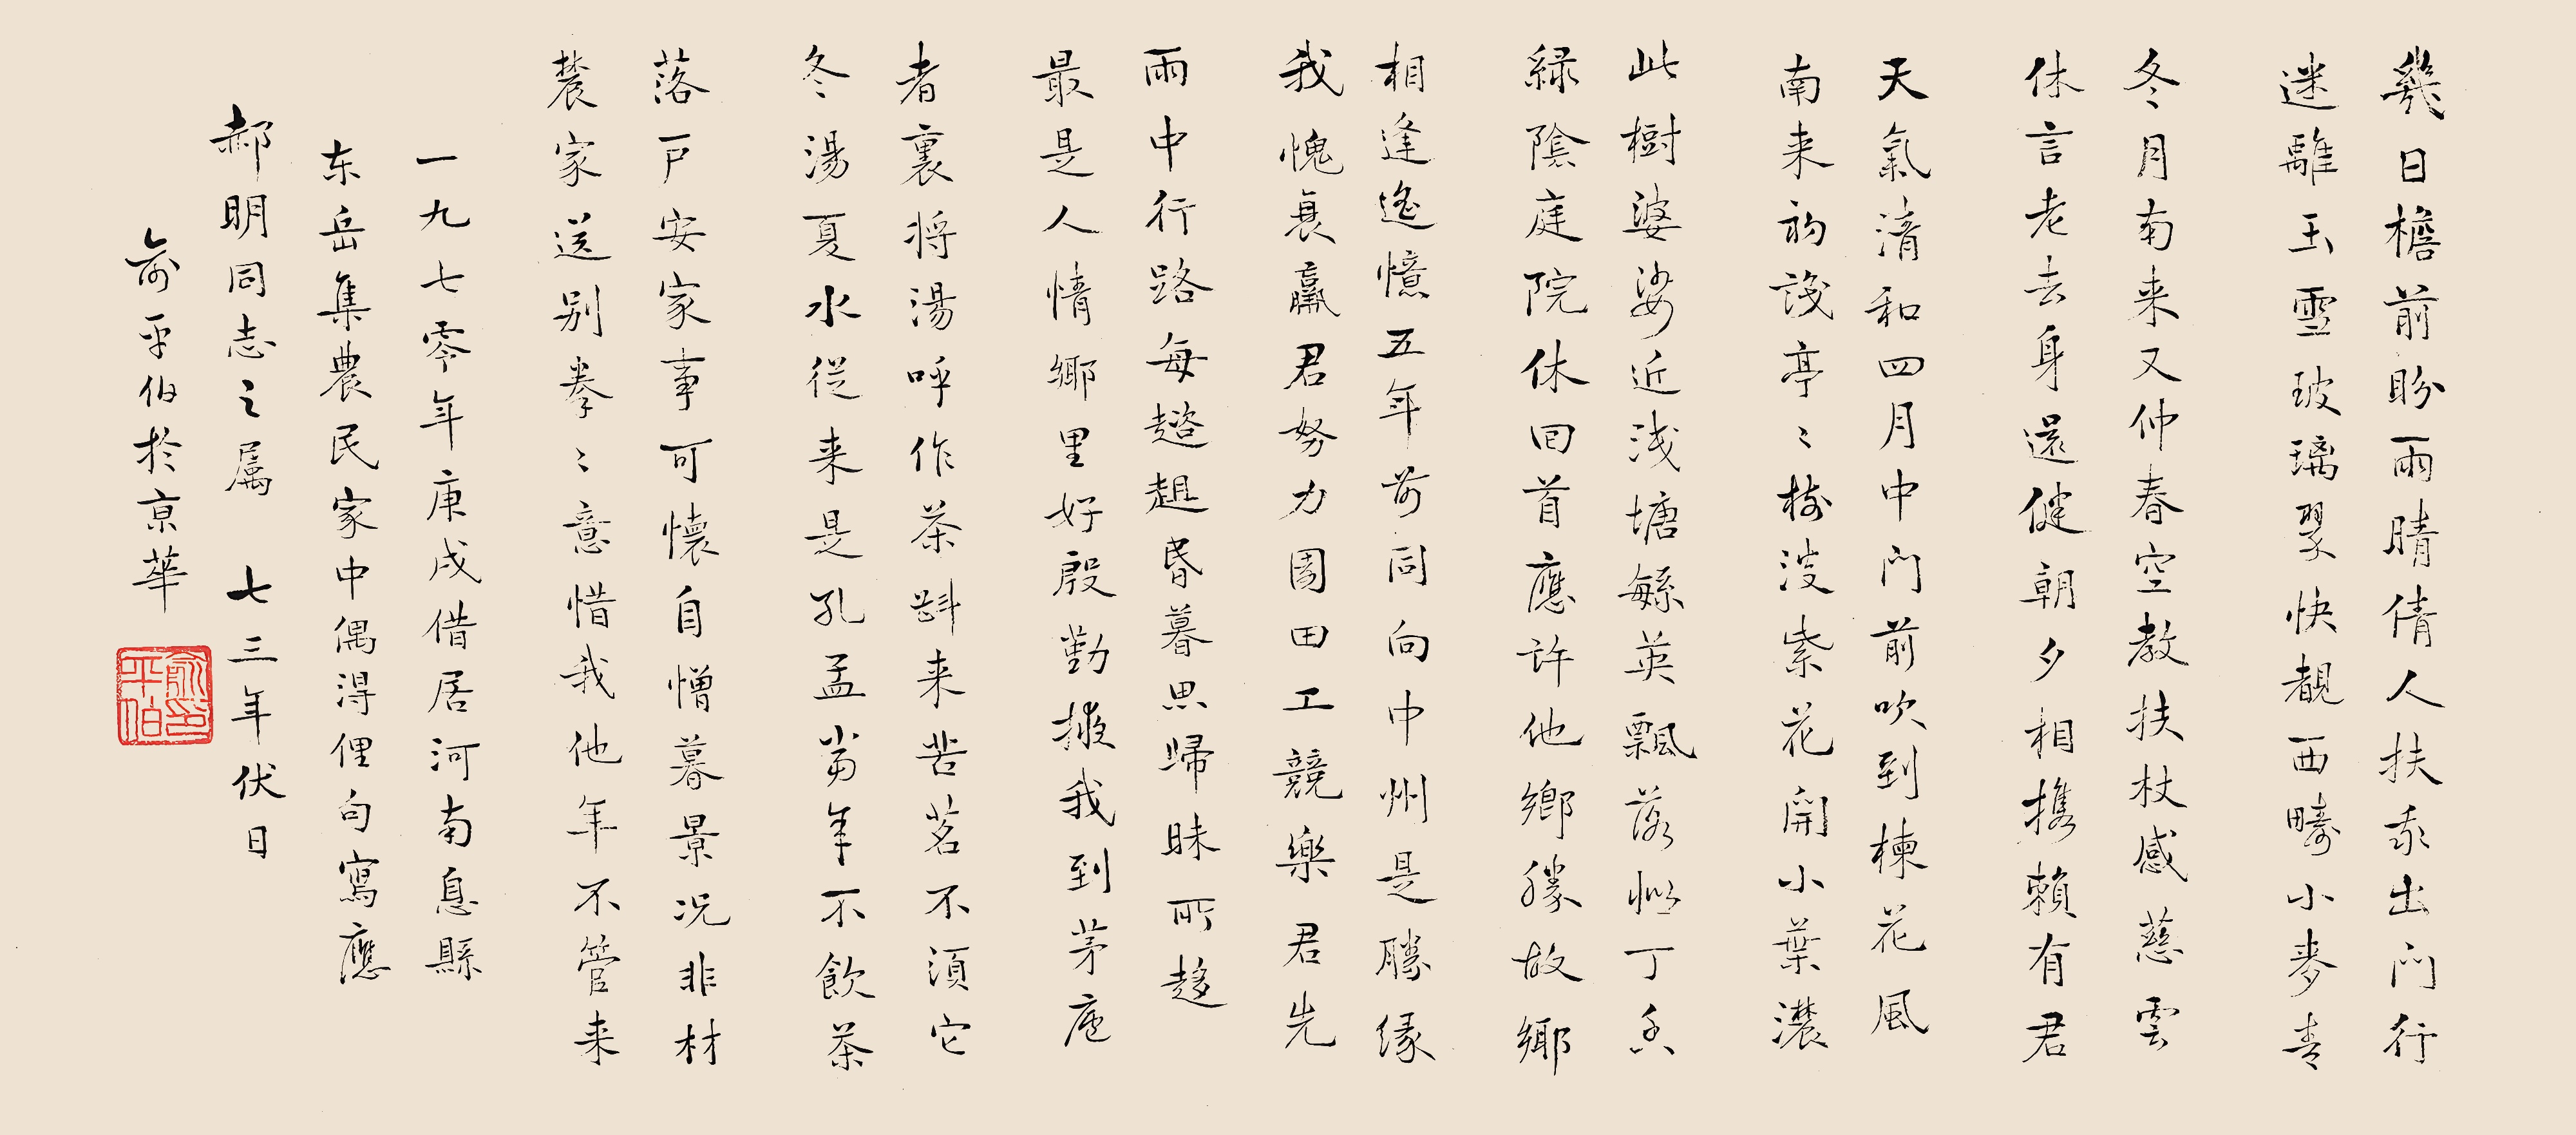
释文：几日檐前盼雨晴，倩人扶我出门行。迷离玉雪玻璃翠，快睹西畴小麦青。冬月南来又仲春，空教扶杖感慈云。休言老去身还健，朝夕相携赖有君。天气清和四月中，门前吹到栋花风。南来初识亭亭树，淡紫花开小叶浓。此树婆娑近浅塘，繁英飘落似丁香。绿阴庭院休回首，应许他乡胜故乡。相逢遥忆五年前，同向中州是胜缘。我愧衰羸君努力，园田工竞乐君先。雨中行路每趦趄，昏暮思归昧所趍。最是人情乡里好，殷勤掖我到茅庐。者里将汤呼作茶，斟来苦茗不须它。冬汤夏水从来是，孔孟当年不饮茶。落户安家事可怀，自憎暮景况非材。农家送别拳拳意，惜我他年不管来。一九七零年庚戌，借居河南息县东岳集农民家中，偶得俚句。写应郝明同志之属，七三年伏日，俞平伯于京华。